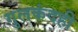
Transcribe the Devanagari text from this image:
गुलकंदही